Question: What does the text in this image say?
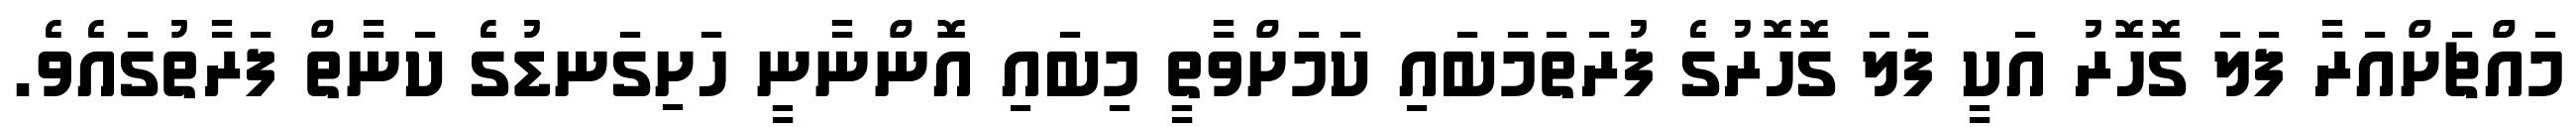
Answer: މައްޗަށްއަރާ ފަލަ ގޮހޮރު އަކީ ފަލަ ގޮހޮރުގެ ފުރަތަމަބައި ކަމަށްވާތީ މިބައި އޮންނާނީ ހަށިގަނޑުގެ ކަނާތް ފަރާތުގައެވެ.